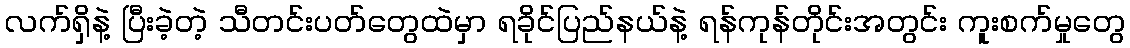
လက်ရှိနဲ့ ပြီးခဲ့တဲ့ သီတင်းပတ်တွေထဲမှာ ရခိုင်ပြည်နယ်နဲ့ ရန်ကုန်တိုင်းအတွင်း ကူးစက်မှုတွေ